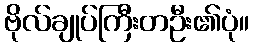
ဗိုလ်ချုပ်ကြီးတဦး၏ပုံ။